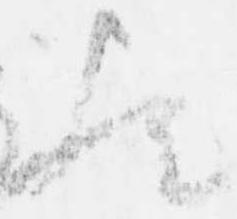
歟